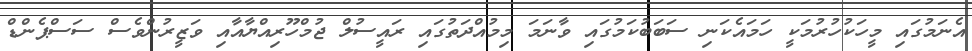
އެނަމުގައި މީހަކުހުރުމަކީ ހަމައެކަނި ސަބަބުކަމުގައި ވާނަމަ މިމުއްދަތުގައި ރައީސުލް ޖުމްހޫރިއްޔާއާއި ވަޒީރުންވެސް ސަސްޕެންޑް